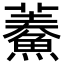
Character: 𩺁